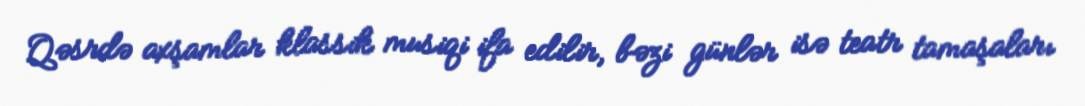
Qəsrdə axşamlar klassik musiqi ifa edilir, bəzi günlər isə teatr tamaşaları